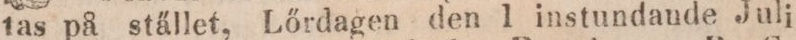
tas på stället, Lőrdagen den 1 instundaude Juli